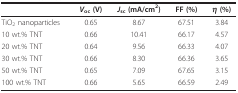
|  | Voc (V) | Jsc (mA/cm2) | FF (%) | η (%) |
 | --- | --- | --- | --- | --- |
 | TiO2 nanoparticles | 0.65 | 8.67 | 67.51 | 3.84 |
 | 10 wt.% TNT | 0.66 | 10.41 | 66.17 | 4.57 |
 | 20 wt.% TNT | 0.64 | 9.56 | 66.33 | 4.07 |
 | 30 wt.% TNT | 0.66 | 8.30 | 66.36 | 3.65 |
 | 50 wt.% TNT | 0.65 | 7.09 | 67.65 | 3.15 |
 | 100 wt.% TNT | 0.66 | 5.65 | 66.59 | 2.49 |